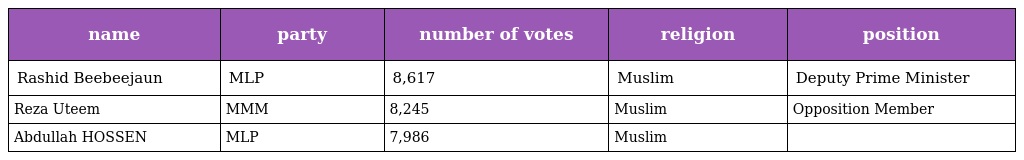
| name | party | number of votes | religion | position |
 | --- | --- | --- | --- | --- |
 | Rashid Beebeejaun | MLP | 8,617 | Muslim | Deputy Prime Minister |
 | Reza Uteem | MMM | 8,245 | Muslim | Opposition Member |
 | Abdullah HOSSEN | MLP | 7,986 | Muslim |  |